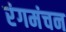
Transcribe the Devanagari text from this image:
रंगमंचन